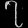
Digit: ၇